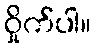
ဝှိုက်ပါ။